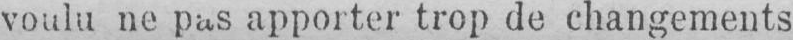
voulu ne pas apporter trop de changements